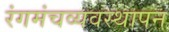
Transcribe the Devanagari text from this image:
रंगमंचव्यवस्थापन